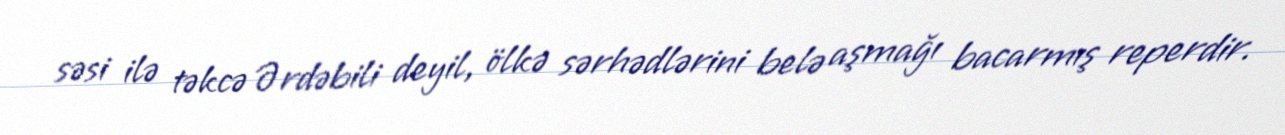
səsi ilə təkcə Ərdəbili deyil, ölkə sərhədlərini belə aşmağı bacarmış reperdir.